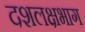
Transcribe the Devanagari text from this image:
दशलक्षभाग